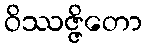
ဝိဿဇ္ဇိတော